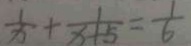
\frac { 1 } { x } + \frac { 1 } { x + 5 } = \frac { 1 } { 6 }